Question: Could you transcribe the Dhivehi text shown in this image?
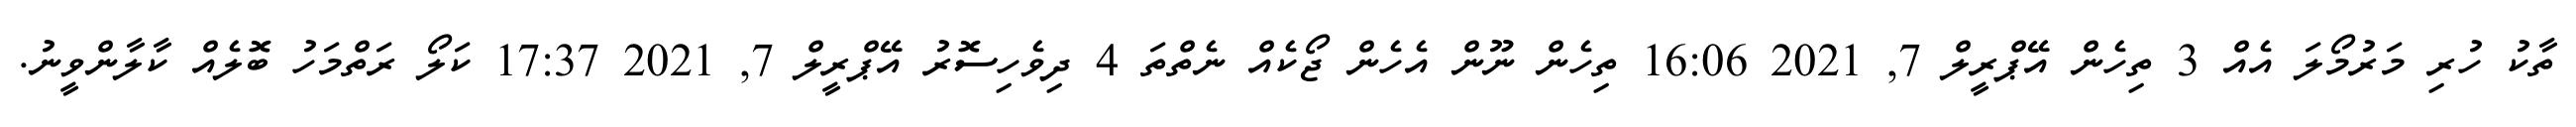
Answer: ތާކު ހުރި މަރުމޯލަ އެއް 3 ތިހެން އޭޕްރީލް 7, 2021 16:06 ތިހެން ނޫން އެހެން ޖޯކެއް ނެތްތަ 4 ދިވެހިސޮރު އޭޕްރީލް 7, 2021 17:37 ކަލޯ ރަތްމަހު ބޮލެއް ކާލާންވީނު.